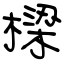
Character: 樑